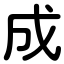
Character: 成